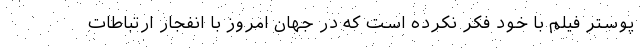
پوستر فیلم با خود فکر نکرده است که در جهان امروز با انفجار ارتباطات